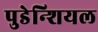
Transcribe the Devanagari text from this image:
पुडेन्शियल